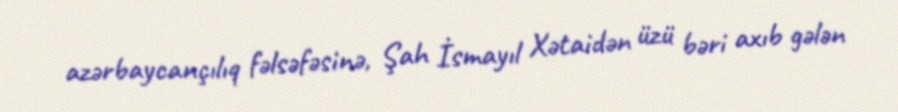
azərbaycançılıq fəlsəfəsinə, Şah İsmayıl Xətaidən üzü bəri axıb gələn